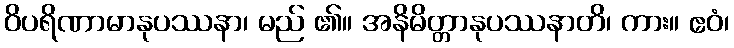
ဝိပရိဏာမာနုပဿနာ၊ မည် ၏။ အနိမိတ္တာနုပဿနာတိ၊ ကား။ ဧဝံ၊